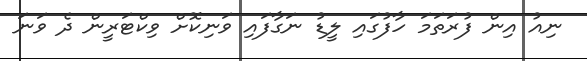
ނިއު އިން ފުރަތަމަ ހާފުގައި ލީޑު ނަގާފައި ވަނިކޮށް ވިކްޓަރީން ދެ ވަނަ